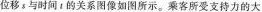
位移s与时间t的关系图像如图所示。乘客所受支持力的大